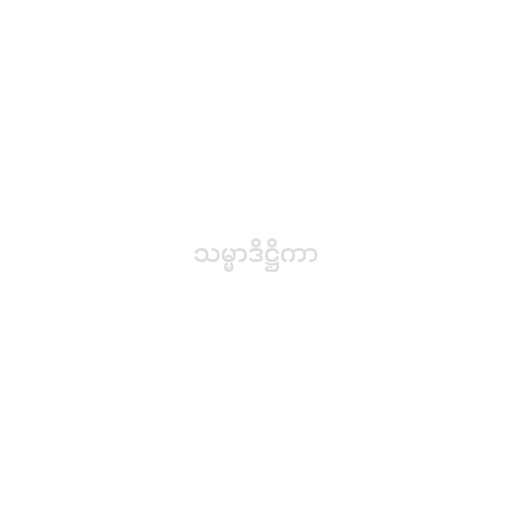
သမ္မာဒိဋ္ဌိကာ